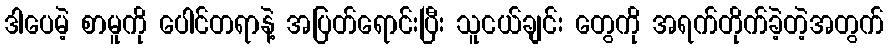
ဒါပေမဲ့ စာမူကို ပေါင်တရာနဲ့ အပြတ်ရောင်းပြီး သူငယ်ချင်း တွေကို အရက်တိုက်ခဲ့တဲ့အတွက်